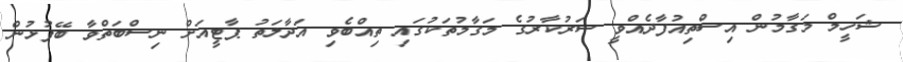
ޝަހީމް މަގާމުން އިސްތިއުފާދެއްވީ ސަރުކާރުގެ މަގާމުތަކުގައި ތިއްބެވި އަދާލަތު ޕާޓީއަށް ނިސްބަތްވާ ބޭފުޅުން